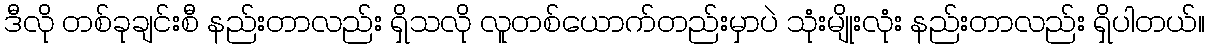
ဒီလို တစ်ခုချင်းစီ နည်းတာလည်း ရှိသလို လူတစ်ယောက်တည်းမှာပဲ သုံးမျိုးလုံး နည်းတာလည်း ရှိပါတယ်။